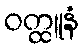
ဝတ္ထူနံ